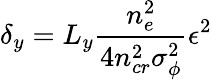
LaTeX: \delta_{y}=L_{y}\frac{n_{e}^{2}}{4n_{cr}^{2}\sigma_{\phi}^{2}}\epsilon^{2}